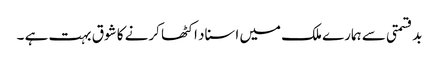
بدقسمتی سے ہمارے ملک میں اسناد اکٹھا کرنے کا شوق بہت ہے ۔